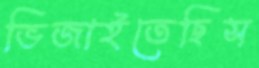
ভিজাইতেছিস